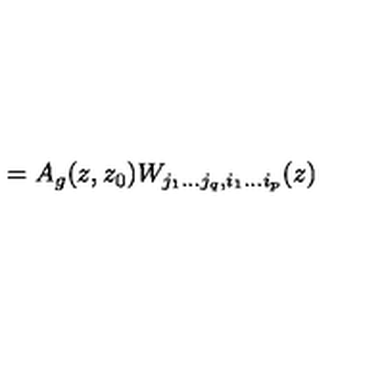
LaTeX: = A _ { g } ( z , z _ { 0 } ) W _ { j _ { 1 } \ldots j _ { q } , i _ { 1 } \ldots i _ { p } } ( z )